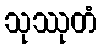
သုဿုတံ